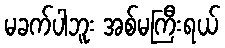
မခက်ပါဘူး အစ်မကြီးရယ်